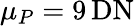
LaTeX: \mu_{P}=9\, \mathrm{DN}